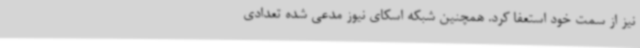
نیز از سمت خود استعفا کرد. همچنین شبکه اسکای نیوز مدعی شده تعدادی